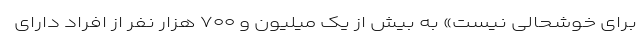
برای خوشحالی نیست» به بیش از یک میلیون و ۷۰۰ هزار نفر از افراد دارای